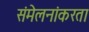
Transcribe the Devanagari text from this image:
संमेलनांकरता